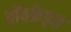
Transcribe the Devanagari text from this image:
बॉयफ्रेंड्स